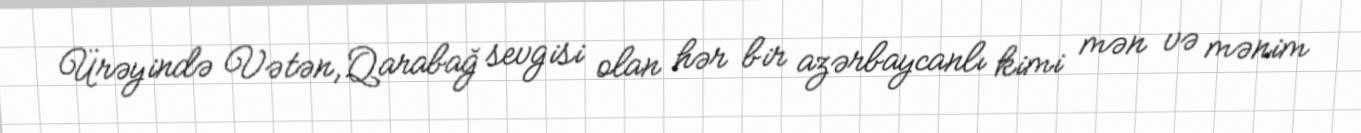
Ürəyində Vətən, Qarabağ sevgisi olan hər bir azərbaycanlı kimi mən və mənim